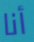
أنا